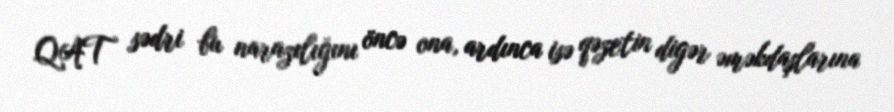
QAT sədri bu narazılığını öncə ona, ardınca isə qəzetin digər əməkdaşlarına